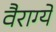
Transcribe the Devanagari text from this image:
वैराग्ये